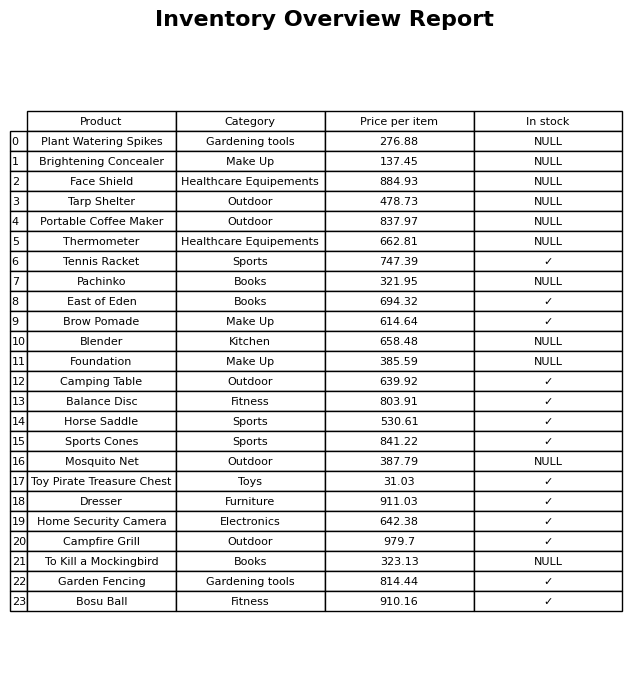
question: What is the price for Tarp Shelter?
answer: The price of Tarp Shelter is 478.73.